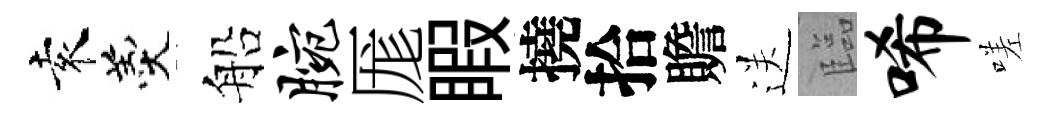
袁羹船腕厖睱撓拾贍送臨唏嗟